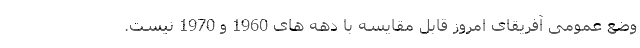
وضع عمومی آفریقای امروز قابل مقایسه با دهه ­های 1960 و 1970 نیست.